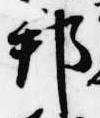
邦